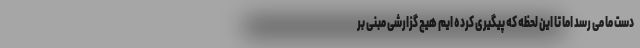
دست ما می رسد اما تا این لحظه که پیگیری کرده ایم هیچ گزارشی مبنی بر